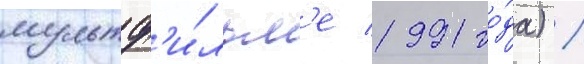
мультф'и́льм'е 1991 го́да) /